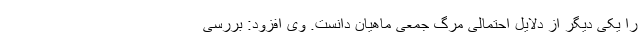
را یکی دیگر از دلایل احتمالی مرگ جمعی ماهیان دانست. وی افزود: بررسی